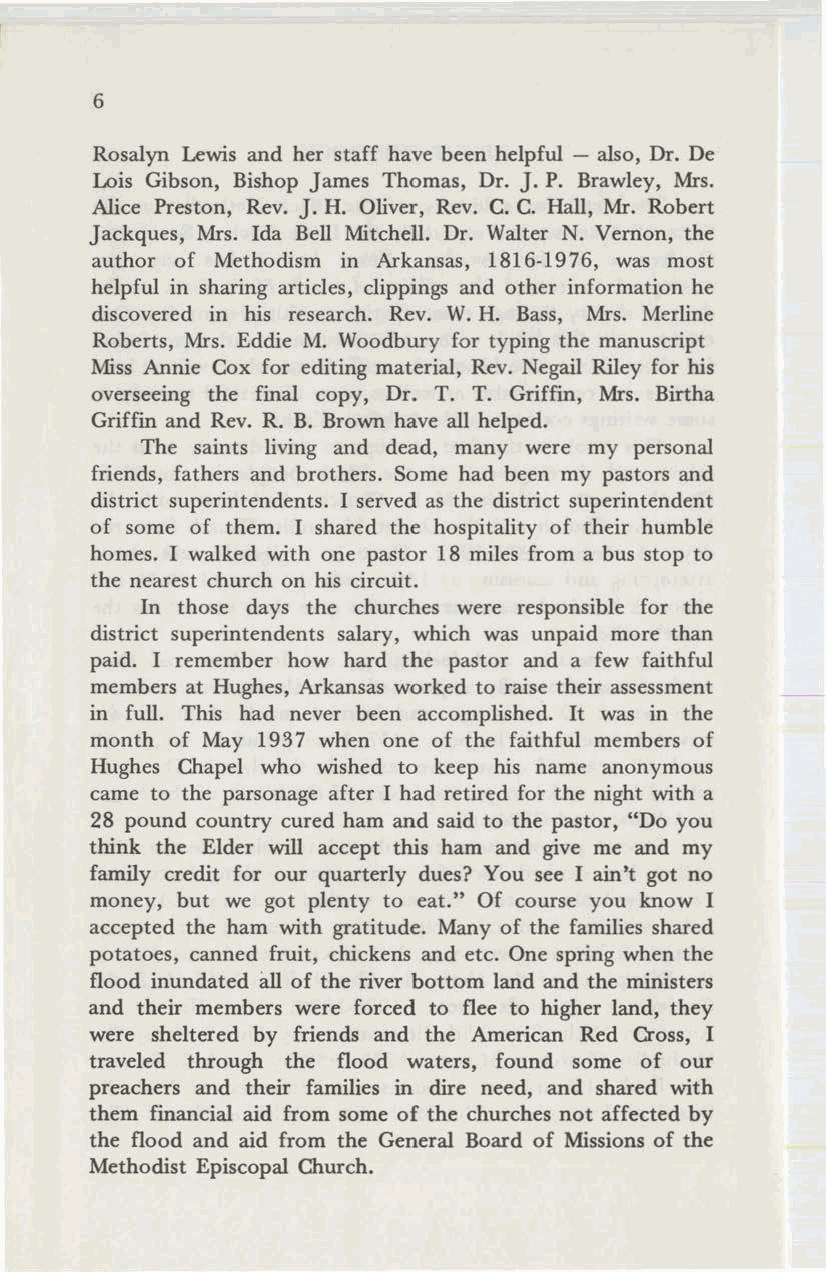
6
 Rosalyn Lewis and her staff have been helpful - also, Dr. De
 Lois Gibson, Bishop James Thomas, Dr. J. P. Brawley, Mrs.
 Alice Preston, Rev. J. H. Oliver, Rev. C. C. Hall, Mr. Robert
 Jackques, Mrs. Ida Bell Mitchell. Dr. Walter N. Vernon, the
 author of Methodism in Arkansas, 1816-1976, was most
 helpful in sharing articles, clippings and other information he
 discovered in his research. Rev. W.H. Bass, Mrs. Merline
 Roberts, Mrs. Eddie M. Woodbury for typing the manuscript
 Miss Annie Cox for editing material, Rev. Negail Riley for his
 overseeing the final copy, Dr. T. T. Griffin, Mrs. Birtha
 Griffin and Rev. R. B. Brown have all helped.
 The saints living and dead, many were my personal
 friends, fathers and brothers. Some had been my pastors and
 district superintendents. I served as the district superintendent
 of some of them. I shared the hospitality of their humble
 homes. I walked with one pastor 18 miles from a bus stop to
 the nearest church on his circuit.
 In those days the churches were responsible for the
 district superintendents salary, which was unpaid more than
 paid. I remember how hard the pastor and a few faithful
 members at Hughes, Arkansas worked to raise their assessment
 in full. This had never been accomplished. It was in the
 month of May 1937 when one of the faithful members of
 Hughes Chapel who wished to keep his name anonymous
 came to the parsonage after I had retired for the night with a
 28 pound country cured ham and said to the pastor, "Do you
 think the Elder will accept this ham and give me and my
 family credit for our quarterly dues? You see I ain't got no
 money, but we got plenty to eat." Of course you know I
 accepted the ham with gratitude. Many of the families shared
 potatoes, canned fruit, chickens and etc. One spring when the
 flood inundated all of the river bottom land and the ministers
 and their members were forced to flee to higher land, they
 were sheltered by friends and the American Red Cross, I
 traveled through the flood waters, found some of our
 preachers and their families in dire need, and shared with
 them financial aid from some of the churches not affected by
 the flood and aid from the General Board of Missions of the
 Methodist Episcopal Church.